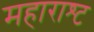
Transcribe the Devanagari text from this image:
महाराश्ट